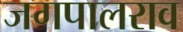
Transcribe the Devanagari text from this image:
जगपालराव